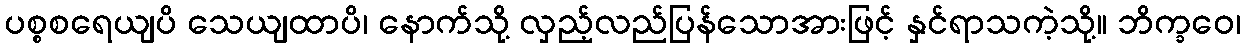
ပစ္စစရေယျပိ သေယျထာပိ၊ နောက်သို့ လှည့်လည်ပြန်သောအားဖြင့် နှင်ရာသကဲ့သို့။ ဘိက္ခဝေ၊